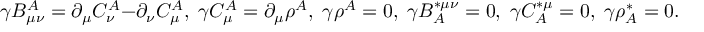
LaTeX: \gamma B _ { \mu \nu } ^ { A } = \partial _ { \mu } C _ { \nu } ^ { A } - \partial _ { \nu } C _ { \mu } ^ { A } , \; \gamma C _ { \mu } ^ { A } = \partial _ { \mu } \rho ^ { A } , \; \gamma \rho ^ { A } = 0 , \; \gamma B _ { A } ^ { * \mu \nu } = 0 , \; \gamma C _ { A } ^ { * \mu } = 0 , \; \gamma \rho _ { A } ^ { * } = 0 .